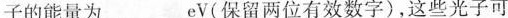
子的能量为___eV(保留两位有效数字)，这些光子可